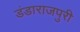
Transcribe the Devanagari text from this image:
डंडाराजपुरी